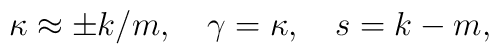
\kappa\approx\pm k/m, \quad \gamma=\kappa,\quad s=k-m,